Report of the Municipal Commissioner on the plague in Bombay for the year ending 31st May... - Volume 3
Disease focus: Plague
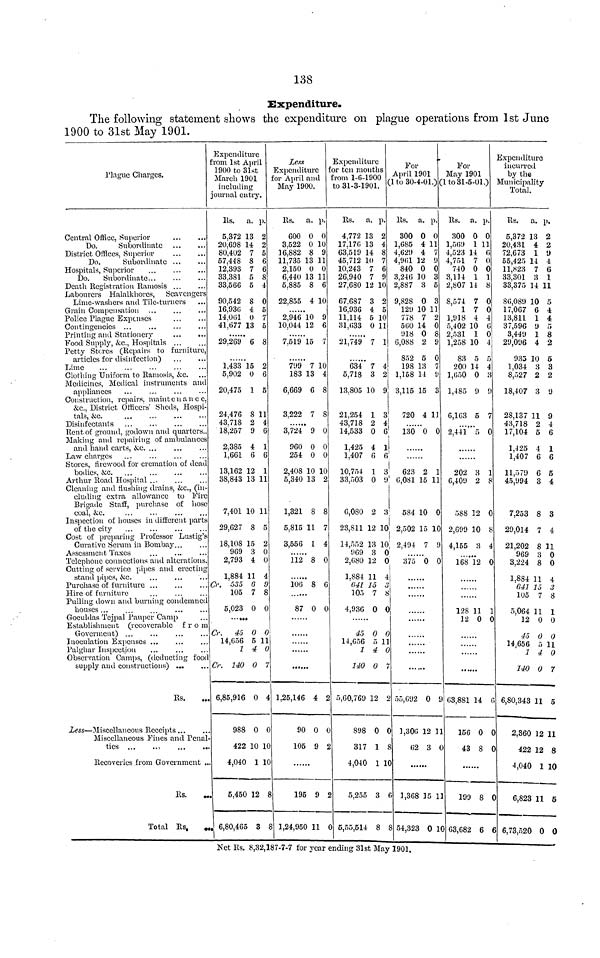
138
Expenditure.
The following statement shows the expenditure on plague operations from 1st June
1900 to 31st May 1901.
Hague Charges.
Central Office, Superior
Do.
Subordinate
District Offices, Superior
Do.
Subordinate ...
Hospitals, Superior
Do.
Subordinate...
Death Kegistration Ramosis ...
Labourers Halalkhores,
Scavengers
Lime-washers and Tile-turners
Grain Compensation
Police Plague Expenses
Contingencies ...
Printing and Stationery
...
...
Food Supply, &c., Hospitals ...
Petty Stores (Repairs to furniture,
articles for disinfection)
Lime
Clothing Uniform to Ramosis, &c.
Medicines, Medical instruments and
appliances
Construction, repairs, maintenance,
&c. District Officers' Sheds, Hospi-
tals, &c.
Disinfectants
Rent of ground, godown and quarters..
Making and repairing of ambulances
and hand carts, &c. ...
Law charges
Stores, firewood for cremation of dead
bodies, &c.
Arthur Road Hospital ...
Cleaning and flushing drains, &c., (in-
cluding extra allowance to Fire
Brigade Staff, purchase of hose
coal, &c.
Inspection of houses in different parts
of the city
Cost of preparing Professor Lustig's
Curative Serum in Bombay...
Assessment Taxes
Telephone connections and alterations.
Cutting of service pipes and erecting
stand pipes, &c.
Purchase of furniture ...
Hire of furniture
Pulling down and burning condemned
houses ...
Goculdas Tejpal Pauper Camp
Establishment (recoverable
from
Government) ...
Inoculation Expenses ...
Palghar Inspection
Observation Camps, (deducting food
supply and constructions)
Rs.
Less—Miscellaneous Receipts...
Miscellaneous Fines and Penal
ties ...
..,
...
..
Recoveries from Government ..
Rs.
Total Rs,
.
Expenditure
from 1st April
1900 to 31st
March 1901
including
journal entry.
Rs.
5.372
20,698
80,402
57,448
12.393
33.381
33,566
90,542
16,936
14,0(51
41,677
29.269
1,433
5,902
20,475
24,476
43.718
18,257
2.385
1,661
13.162
38,843
7,401
29,627
18,108
969
2,793
1,884
Cr. 535
105
5,023
••••
Cr.
45
14.656
1
Cr. 140
6,85,916
988
422
4,040
5,450
6,80,465
a.
13
14
7
8
7
5
5
8
4
0
13
6
15
0
1
8
2
9
4
6
12
13
10
8
15
3
4
11
G
7
0
ft
0
5
4
0
0
0
10
1
12
3
p.
2
2
5
6
6
8
4
0
5
7
5
8
2
6
5
11
4
6
1
6
1
11
11
5
2
0
0
4
9
8
0
0
11
0
4
0
10
10
!
Less
Expenditure
for April and
May 1900.
Rs.
600
3,522
16,882
11,735
2.150
6,440
5,885
22,855
2,946"
10,044
7,519"
799
183
6,669
3,222
3,724
960
254
2,408
5,340
1,321
5.815
3,556
112
106
87
1,25,146
90
105
....
195
1,24,950
a.
0
0
8
13
0
13
8
4
10
12
15
7
13
6
7
9
0
0
10
13
8
11
1
8
8
0
4
0
9
9
11
p.
0
10
9
11
0
11
6
10
9
6
7
10
4
8
8
0
0
0
10
2
8
7
4
0
6
0
2
0
2
Expenditure
For ten months
from 1-6-1900
to 31-3-1901.
Rs.
4,772
17,176
63.519
45,712
10.243
26,940
27,680
67.687
16.936
11,114
31,633
21.749
••••••
634
5,718
13.805
21.254
43,718
14,533
1.425
1,407
10,754
33,503
6,0S0
23,811
14,552
969
2,680
1.884
(¡41
105
4,936
45
14,656
1
140
5,60,769
898
317
4,040
5,255
5,55,514
a.
13
13
14
10
7
7
12
3
4
5
0
7
7
3
10
1
2
0
4
6
1
0
2
12
13
3
12
11
15
7
0
0
5
4
0
12
0
1
1
3
8
p.
2
4
8
7
6
9
10
2
5
10
11
1
4
2
9
3
4
6
1
6
3
9
3
10
10
0
0
4
3
8
0
0
11
0
7
2
C
8
1(
(
8
For
April 1901
(1 to 30-4-01.) (
Rs.
300
1,685
4.629
4,961
840
3,246
2,887
9,82S
129
778
560
918
6,088
852
198
1,158
3,115
720
130
623
0,081
584
2,502
2,494
375
•..
...
...
55,692
1,300
62
1,368
54,323
a.
0
4
4
12
0
10
3
0
10
7
14
0
2
5
13
14
15
4
"0
2
15
10
15
7
0
••
0
12
3
...
15
C
p.
0
11
7
9
0
3
5
3
11
2
0
8
9
0
7
9
3
11
0
1
11
0
10
9
0
1
1
1
For
May 1901
(1 to 31-5-01.)
Rs.
300
1,509
4,523
4,751
740
3,114
2,807
8,574
1
1,918
5,402
2,531
1,258
83
200
1,050
1,485
6,103
2,441
202
6,409
588
2,699
4,155
168
128
12
...
03,881
156
43
...
199
63,682
a.
0
1
14
7
0
1
14
7
7
4
10
1
10
5
14
0
9
5
5
3
2
12
10
3
12
11
0
••
14
0
S
...
£
t
p.
0
11
6
0
0
1
8
0
0
4
6
0
4
5
4
9
7
0
1
8
0
8
4
0
<
Expenditure
incurred
by the
Municipality
Total.
Rs.
5,372
20,431
72,673
55,425
11,823
33,301
33,375
80,089
17,067
13,811
37,596
3,449
29,096
935
1,034
8,527
18,407
2S,137
43,718
17,104
1,425
1,407
11,579
45,994
7,253
29,014
21,202
969
3,224
1,884
(¡41
105
5,064
12
45
14,656
7
1
140
6,80,343
2,360
422
4,040
6,823
6,73,520
a.
13
4
1
14
7
3
14 :
10
6
1
9
1
4
10
3
2
3
11
2
5
4
6
6
3
g
7
g
3
8
11
1 -
7
7
11
0
0
0
4
0
11
12
12
1
11
0
p.
2
2
9
4
6
1
11
5
4
4
5
8
2
5
3
2
i)
9
4.
6
1
6
5
4
3
4
11
n
0
4
3
8
1
0
0
11
0
7
5
11
8
10
5
0
Net Rs. 8,32,187-7-7 for year ending 31st May 1901,